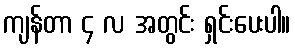
ကျန်တာ ၄ လ အတွင်း ရှင်းပေးပါ။